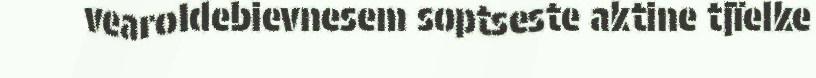
vearoldebievnesem soptseste aktine tjïelke